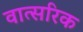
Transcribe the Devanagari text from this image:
वात्सरिक